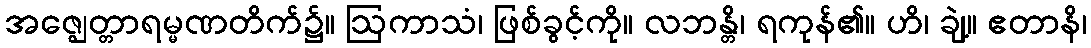
အဇ္ဈေတ္တာရမ္မဏတိက်၌။ ဩကာသံ၊ ဖြစ်ခွင့်ကို။ လဘန္တိ၊ ရကုန်၏။ ဟိ၊ ချဲ့။ ဧတာနိ၊